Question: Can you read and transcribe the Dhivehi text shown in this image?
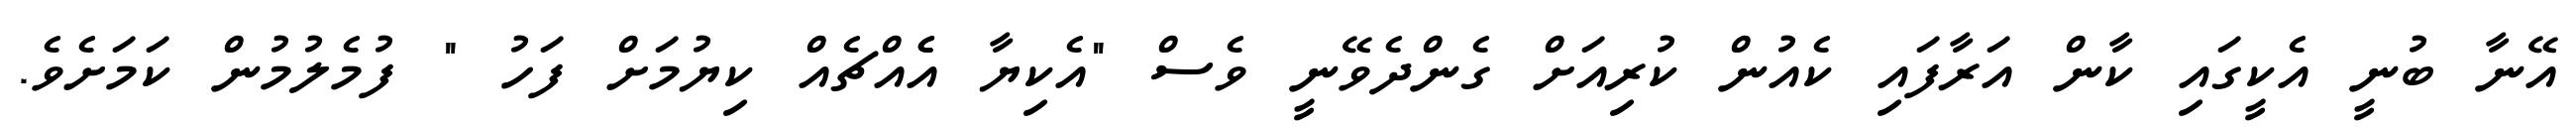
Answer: އޭނާ ބުނީ އެކީގައި ކާން އަރާފައި ކެއުން ކުރިއަށް ގެންދެވޭނީ ވެސް "އެކިޔާ އެެއްޗެއް ކިޔުމަށް ފަހު " ފުމެލުމުން ކަމަށެވެ.